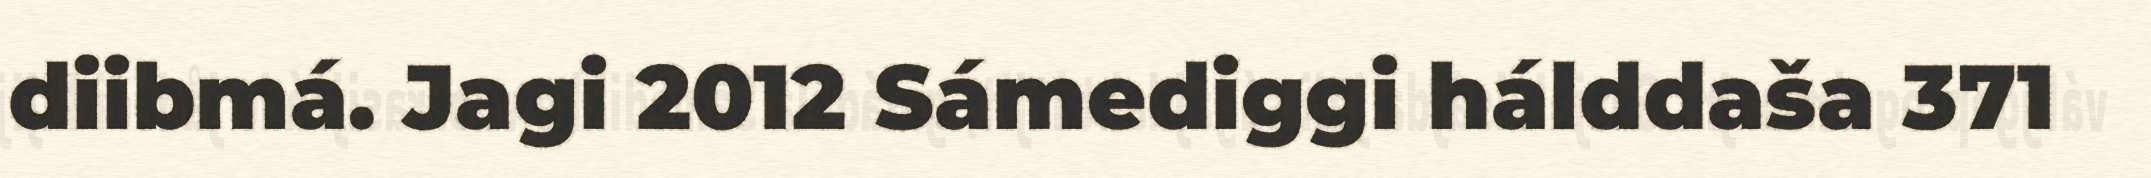
diibmá. Jagi 2012 Sámediggi hálddaša 371